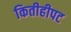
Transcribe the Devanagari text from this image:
कितीहीपट